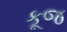
કૂજ